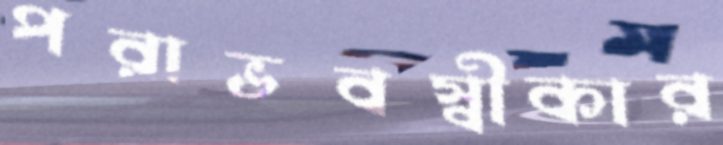
পরাভবস্বীকার